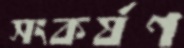
সংকর্ষণ